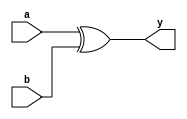
module xor_glvl(output y, input a,b);
xor(y,a,b);
endmodule


module xor_dlvl(output y, input a,b);
assign y = a ^ b;
endmodule